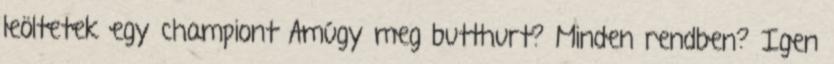
leöltetek egy championt Amúgy meg butthurt? Minden rendben? Igen